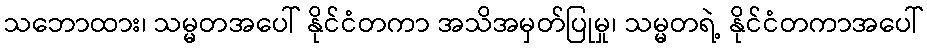
သဘောထား၊ သမ္မတအပေါ် နိုင်ငံတကာ အသိအမှတ်ပြုမှု၊ သမ္မတရဲ့ နိုင်ငံတကာအပေါ်